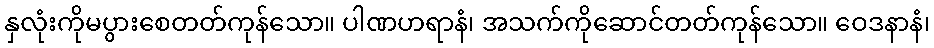
နှလုံးကိုမပွားစေတတ်ကုန်သော။ ပါဏဟရာနံ၊ အသက်ကိုဆောင်တတ်ကုန်သော။ ဝေဒနာနံ၊